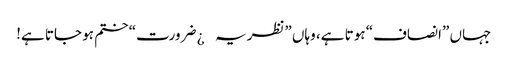
جہاں ”انصاف“ ہوتا ہے، وہاں ”نظریہ¿ ضرورت“ ختم ہو جاتا ہے!